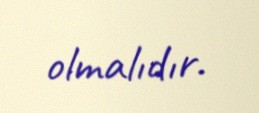
olmalıdır.